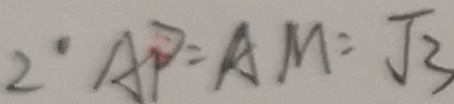
2 \cdot A P = A M = \sqrt { 3 }